Madras marine plague regulations
Disease focus: Plague
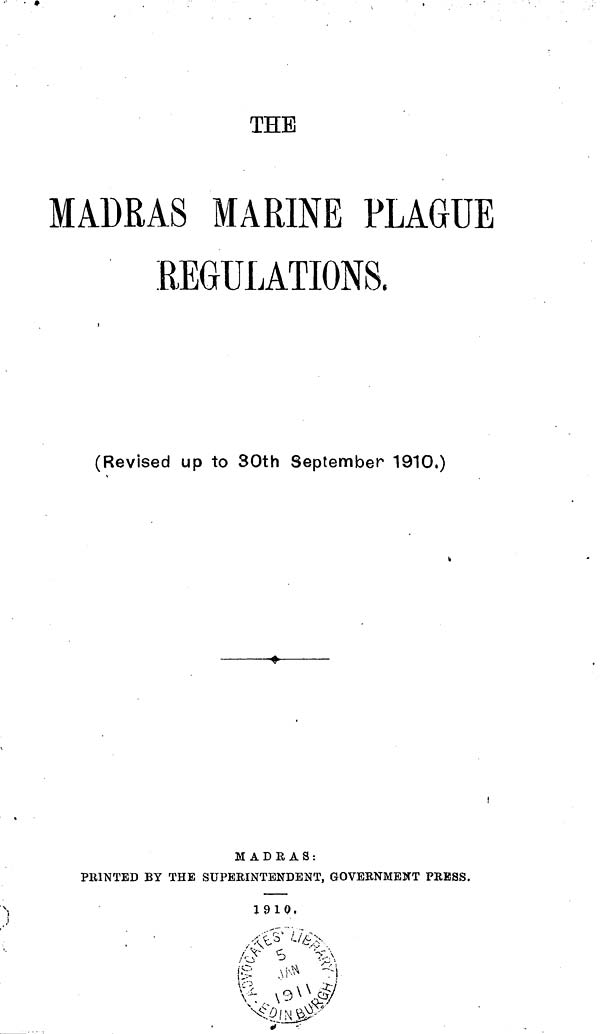
THE
MADRAS MARINE PLAGUE
REGULATIONS,
(Revised up to 30th September 1910.)
M A D R A S :
PRINTED BY THE SUPERINTENDENT, GOVEENMEWT PRESS.
1910,